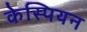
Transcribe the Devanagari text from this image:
केस्पियन